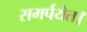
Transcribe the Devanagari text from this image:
समर्पयेत।